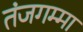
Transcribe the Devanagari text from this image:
तंजगम्मा